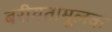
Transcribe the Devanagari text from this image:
बरीयतामूलक